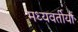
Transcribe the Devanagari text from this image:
मध्यवर्तीयों